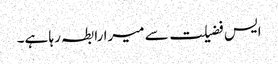
ایس فضیلت سے میرا رابطہ رہا ہے۔